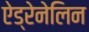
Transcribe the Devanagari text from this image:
ऐड्रेनेलिन